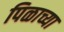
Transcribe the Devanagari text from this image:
पिळाच्या